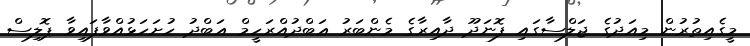
މީގެއިތުރުން މިއަދުގެ ޖަލްސާގައި ފޮނަދޫ ދާއިރާގެ މެންބަރު ޢަބްދުއްރަހީމް ޢަބްދު ހުށަހަޅުއްވާފައިވާ ޕޮލިސް